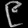
Digit: ၉